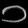
Digit: ၁